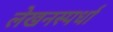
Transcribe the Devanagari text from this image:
लेखनस्पर्धा